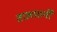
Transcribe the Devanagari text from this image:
तालपर्णी